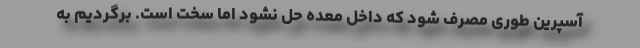
آسپرین طوری مصرف شود که داخل معده حل نشود اما سخت است. برگردیم به